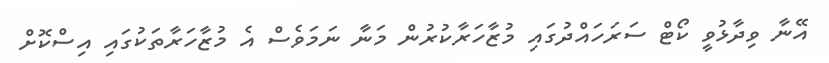
އޭނާ ވިދާޅުވީ ކޯޓް ސަރަހައްދުގައި މުޒާހަރާކުރުން މަނާ ނަމަވެސް އެ މުޒާހަރާތަކުގައި އިސްކޮށް